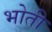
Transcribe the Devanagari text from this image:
भोती